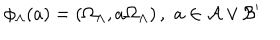
\phi _ { \Lambda } ( a ) = \left( \Omega _ { \Lambda } , a \Omega _ { \Lambda } \right) , \, \, a \in \mathcal { A } \vee \mathcal { B } ^ { \prime }